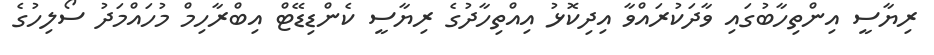
ރިޔާސީ އިންތިހާބުގައި ވާދަކުރައްވާ އިދިކޮޅު އިއްތިހާދުގެ ރިޔާސީ ކެންޑިޑޭޓް އިބްރާހިމް މުހައްމަދު ސޯލިހުގެ